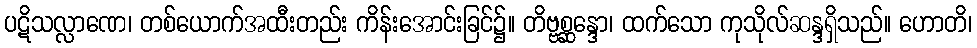
ပဋိသလ္လာဏေ၊ တစ်ယောက်အထီးတည်း ကိန်းအောင်းခြင်၌။ တိဗ္ဗစ္ဆန္ဒော၊ ထက်သော ကုသိုလ်ဆန္ဒရှိသည်။ ဟောတိ၊